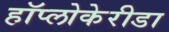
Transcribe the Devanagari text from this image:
हॉप्लोकेरीडा